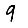
Digit: 9